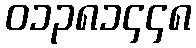
၀၁၃၈၁၄၄၈